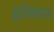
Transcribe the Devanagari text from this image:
इलियर